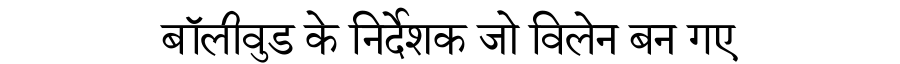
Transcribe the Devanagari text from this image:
बॉलीवुड के निर्देशक जो विलेन बन गए